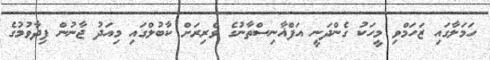
ހަމަލާގައި ޒަހަމްވި މީހަކު ގެންދަނީ އަފްޣާނިސްތާނުގެ ވެރިރަށް ކާބުލްގައި މިއަދު ޖާނުން ފިދާވުމުގެ